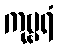
ကုဗ္ဗရံ